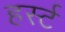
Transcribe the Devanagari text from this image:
हर्स्ट